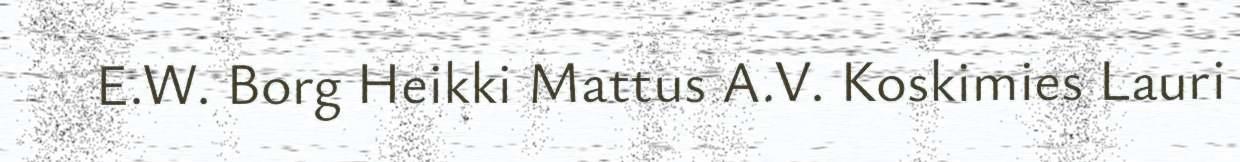
E.W. Borg Heikki Mattus A.V. Koskimies Lauri